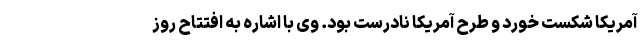
آمریکا شکست خورد و طرح آمریکا نادرست بود. وی با اشاره به افتتاح‌ روز